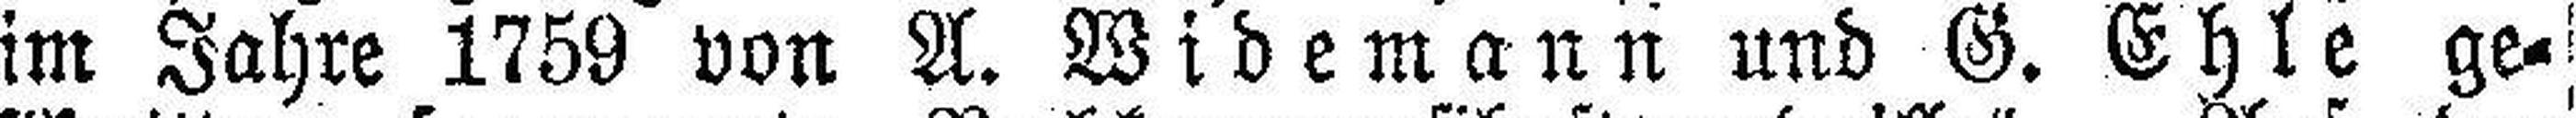
im Jahre 1759 von A. Widemann und G. Ehle ge¬